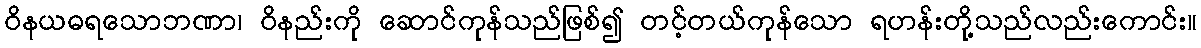
ဝိနယဓရသောဘဏာ၊ ဝိနည်းကို ဆောင်ကုန်သည်ဖြစ်၍ တင့်တယ်ကုန်သော ရဟန်းတို့သည်လည်းကောင်း။